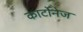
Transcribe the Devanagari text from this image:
कार्टोनेज